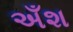
અઁશ